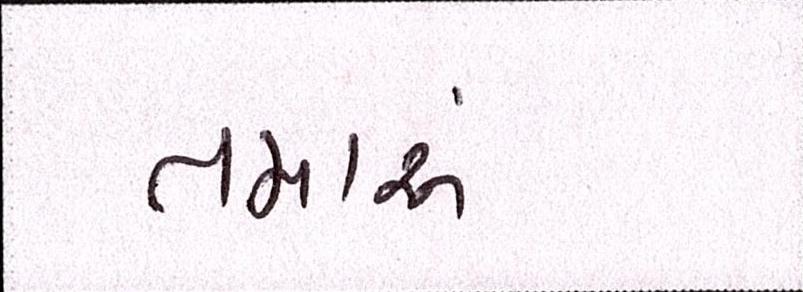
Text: તમારું